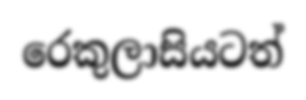
රෙකුලාසියටත්